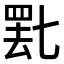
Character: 𬙞